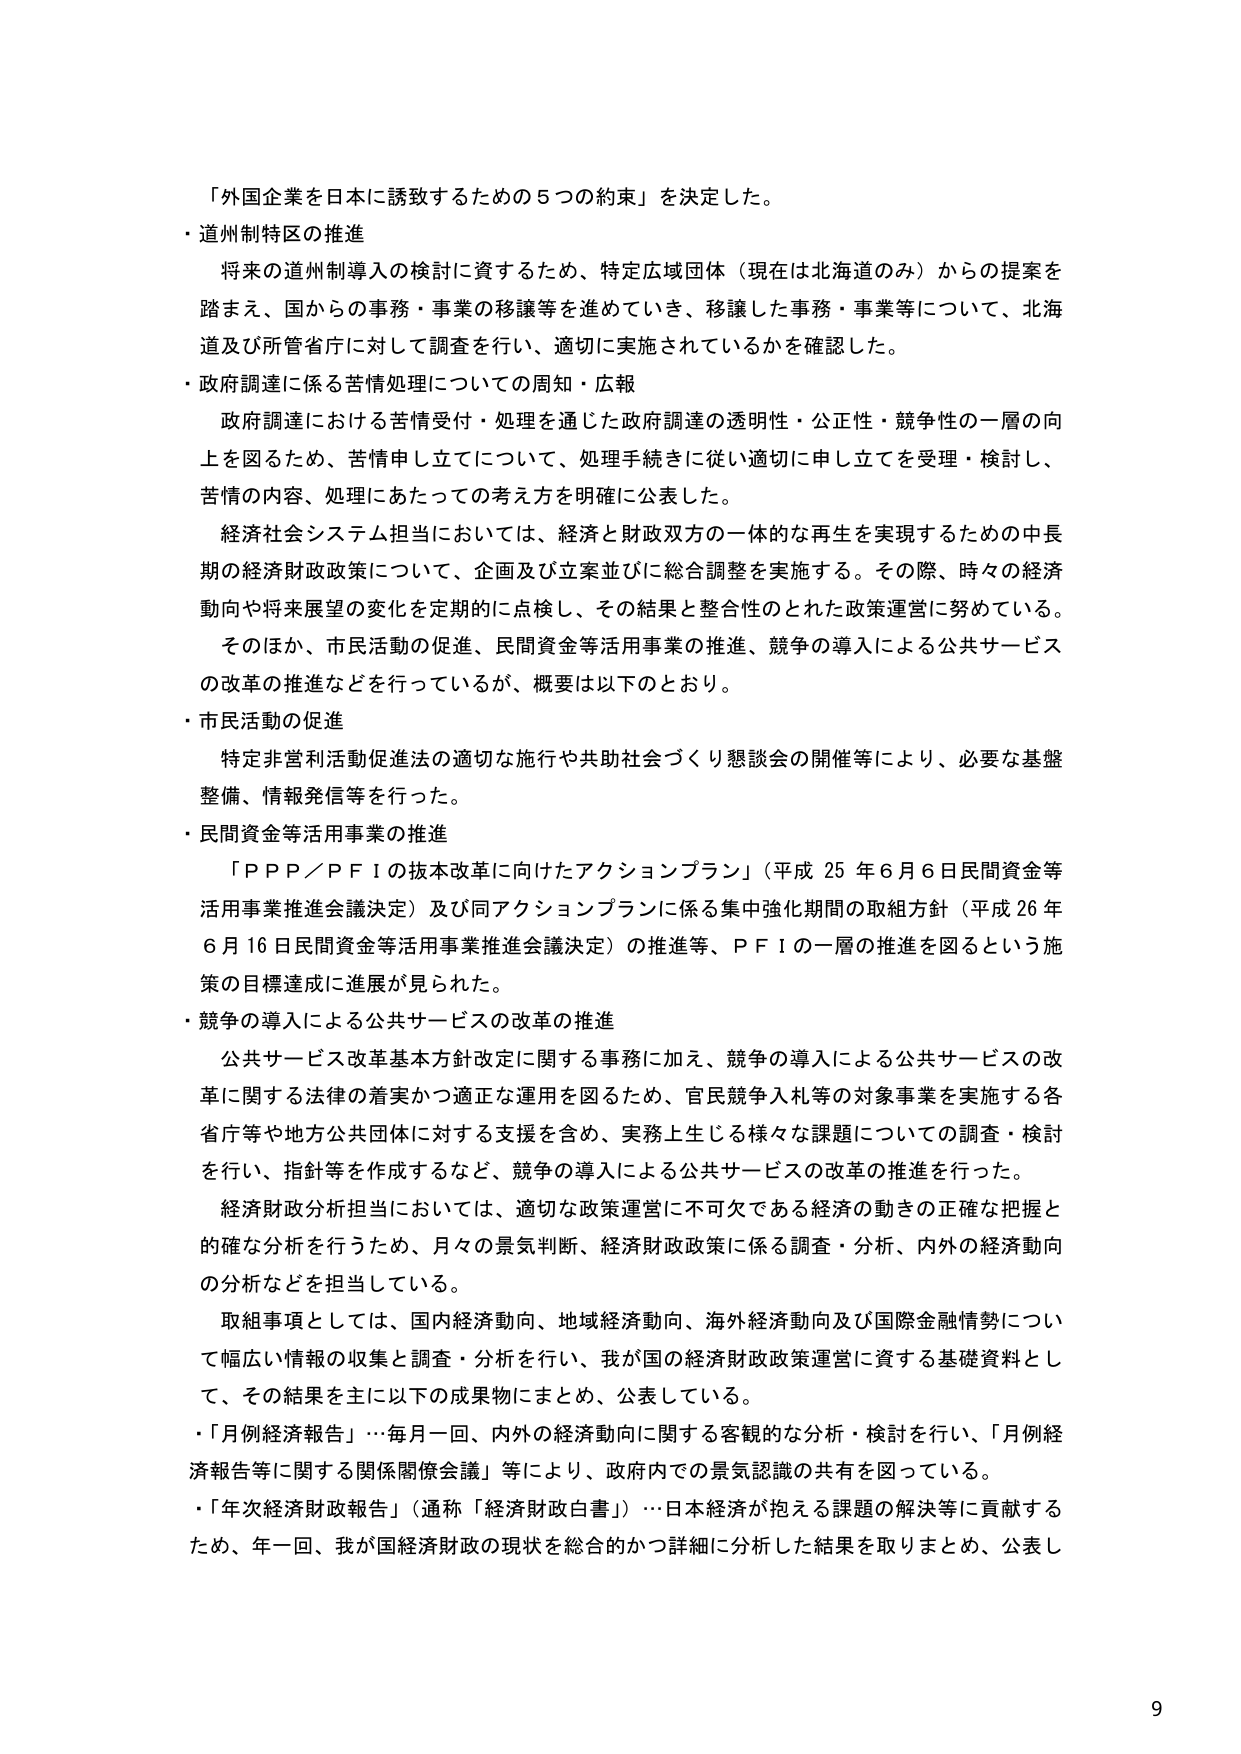
「外国企業を日本に誘致するための５つの約束」を決定した。

・道州制特区の推進
将来的道州制導入の検討に資するため、特定広域団体（現在は北海道のみ）からの提案を踏まえ、国からの事務・事業の移譲等を進めていき、移譲した事務・事業等について、北海道及び所管省庁に対して調査を行い、適切に実施されているかを確認した。

・政府調達に係る苦情処理についての周知・広報
政府調達における苦情受付・処理を通じた政府調達の透明性・公正性・競争性の一層の向上を図るため、苦情申し立てについて、処理手続きに従い適切に申し立てを受理・検討し、苦情の内容、処理にあたっての考え方を明確に公表した。
経済社会システム担当においては、経済と財政双方の一体的な再生を実現するための中長期の経済財政政策について、企画及び立案並びに総合調整を実施する。その際、時々の経済動向や将来展望の変化を定期的に点検し、その結果と整合性のとれた政策運営に努めている。
そのほか、市民活動の促進、民間資金等活用事業の推進、競争の導入による公共サービスの改革の推進などを行っているが、概要は以下のとおり。

・市民活動の促進
特定非営利活動促進法の適切な施行や共助社会づくり懇談会の開催等により、必要な基盤整備、情報発信等を行った。

・民間資金等活用事業の推進
「ＰＰＰ／ＰＦＩの抜本改革に向けたアクションプラン」（平成25年6月6日民間資金等活用事業推進会議決定）及び同アクションプランに係る集中強化期間の取組方針（平成26年6月16日民間資金等活用事業推進会議決定）の推進等、ＰＦＩの一層の推進を図るという施策の目標達成に進展が見られた。

・競争の導入による公共サービスの改革の推進
公共サービス改革基本方針改定に関する事務に加え、競争の導入による公共サービスの改革に関する法律の着実かつ適正な運用を図るため、官民競争入札等の対象事業を実施する各省庁等や地方公共団体に対する支援を含め、実務上生じる様々な課題についての調査・検討を行い、指針等を作成するなど、競争の導入による公共サービスの改革の推進を行った。
経済財政分析担当においては、適切な政策運営に不可欠である経済の動きの正確な把握と的確な分析を行うため、月々の景気判断、経済財政政策に係る調査・分析、内外の経済動向の分析などを担当している。
取組事項としては、国内経済動向、地域経済動向、海外経済動向及び国際金融情勢について幅広い情報の収集と調査・分析を行い、我が国の経済財政政策運営に資する基礎資料として、その結果を主に以下の成果物にまとめ、公表している。
・「月例経済報告」…毎月一回、内外の経済動向に関する客観的な分析・検討を行い、「月例経済報告等に関する関係関係会議」等により、政府内での景気認識の共有を図っている。
・「年次経済財政報告」（通称「経済財政白書」）…日本経済が抱える課題の解決等に貢献するため、年一回、我が国経済財政の現状を総合的かつ詳細に分析した結果を取りまとめ、公表し

9